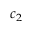
c _ { 2 }